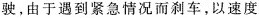
驶，由于遇到紧急情况而刹车，以速度